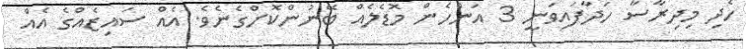
ހެދި މިދިރާސާ ހަދާފައިވަނީ 3 އަންހެން މޮޑެލެއް ބޭނުންކޮށްގެނެވެ. އެއް ސައިޒެއްގެ އެއް